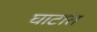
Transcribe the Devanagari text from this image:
घाटांत